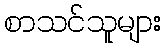
စာသင်သူများ